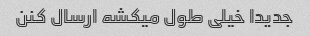
جدیدا خیلی طول میکشه ارسال کنن